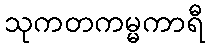
သုကတကမ္မကာရီ